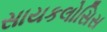
સાયકલોસિસ